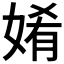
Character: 𮱋